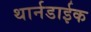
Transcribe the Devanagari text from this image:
थार्नडाईक